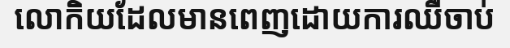
លោកិយដែលមានពេញដោយការឈឺចាប់